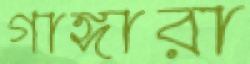
গাঙ্গারা